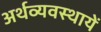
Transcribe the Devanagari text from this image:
अर्थव्यवस्थायें